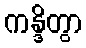
ကန္ဒိတွာ